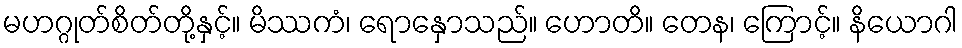
မဟဂ္ဂုတ်စိတ်တို့နှင့်။ မိဿကံ၊ ရောနှောသည်။ ဟောတိ။ တေန၊ ကြောင့်။ နိယောဂါ